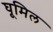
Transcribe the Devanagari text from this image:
घूमिल